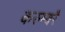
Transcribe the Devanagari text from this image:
करुम्बरै